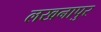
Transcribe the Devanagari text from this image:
लखनापुर